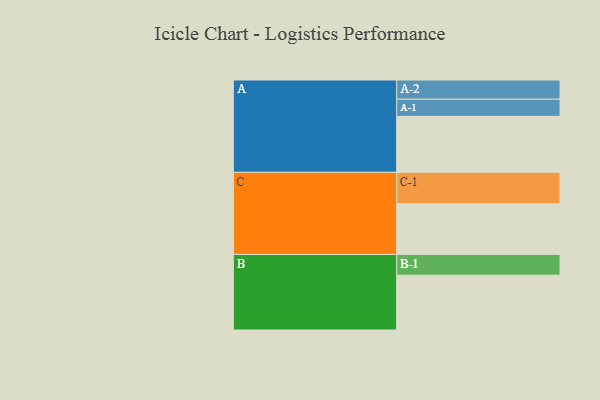
{"axis": {"x": "Segment", "y": "Value"}, "legend": ["", "A", "B", "C"], "data": [{"x": "A", "y": 531, "type": ""}, {"x": "B", "y": 520, "type": ""}, {"x": "C", "y": 481, "type": ""}, {"x": "A-1", "y": 163, "type": "A"}, {"x": "A-2", "y": 182, "type": "A"}, {"x": "B-1", "y": 197, "type": "B"}, {"x": "C-1", "y": 298, "type": "C"}]}